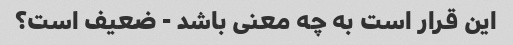
این قرار است به چه معنی باشد - ضعیف است؟